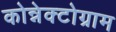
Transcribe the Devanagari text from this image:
कोन्नेक्टोग्राम